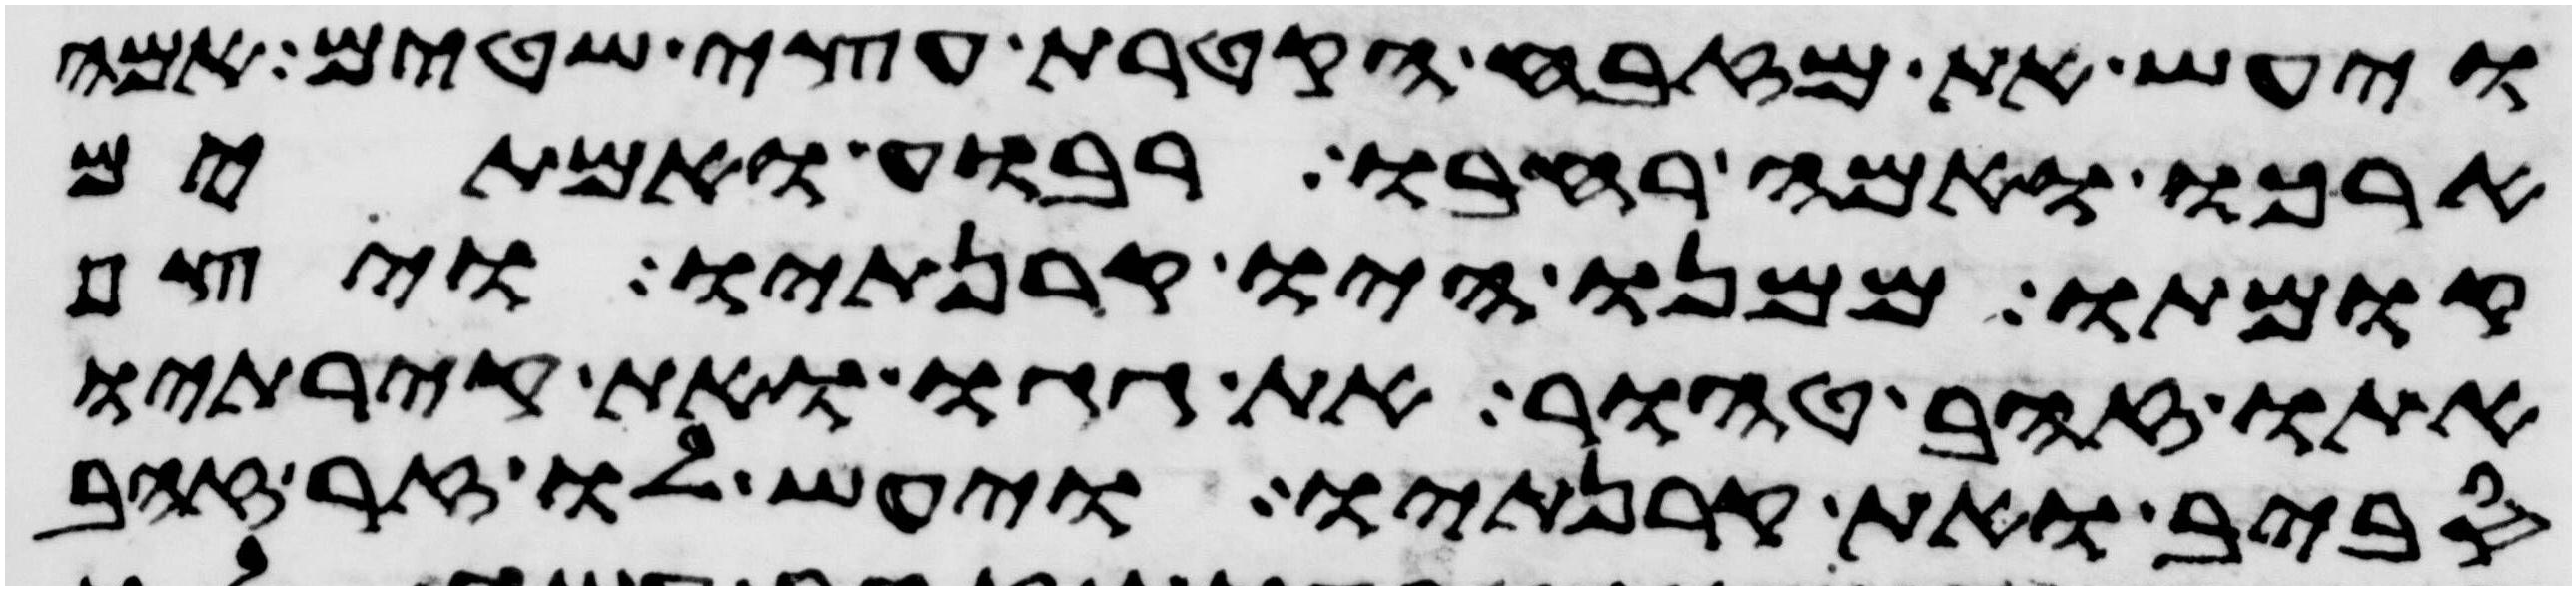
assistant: ויעש את מזבח הקטרת עצי שטים אמה
ארכו ואמה רחבו רבוע ואמתים
קומתו ממנו היו קרנתיו ויצף
אתו זהב טהור את גגו ואת קירתיו
סביב ואת קרנתיו ויעש לו זר זהב